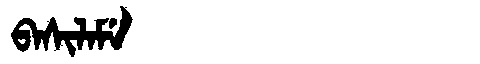
Manchu: ᠪᠠᠰᡳᠯᠠᠮᡝ
Romanization: BASILAME